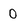
Character: 0